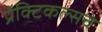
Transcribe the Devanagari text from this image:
प्रॅक्टिकल्सचे